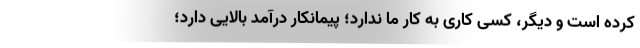
کرده است و دیگر، کسی کاری به کار ما ندارد؛ پیمانکار درآمد بالایی دارد؛